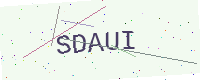
Text: SDAUI